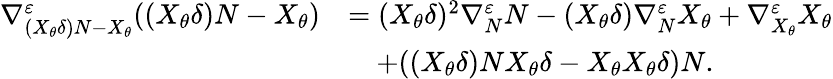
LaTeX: \begin{array}{rl}{\nabla_{(X_{\theta}\delta)N-X_{\theta}}^{\varepsilon}((X_{\theta}\delta)N-X_{\theta})}&{=(X_{\theta}\delta)^{2}\nabla_{N}^{\varepsilon}N-(X_{\theta}\delta)\nabla_{N}^{\varepsilon}X_{\theta}+\nabla_{X_{\theta}}^{\varepsilon}X_{\theta}}\\ &{\quad+((X_{\theta}\delta)NX_{\theta}\delta-X_{\theta}X_{\theta}\delta)N.}\end{array}